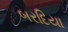
બરદિયા